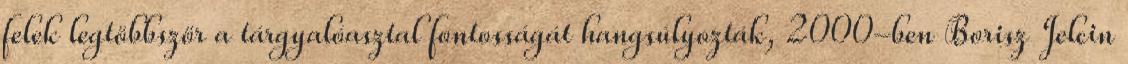
felek legtöbbször a tárgyalóasztal fontosságát hangsúlyozták, 2000-ben Borisz Jelcin